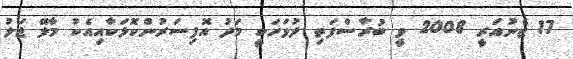
17 ޖެނުއަރީ 2008 ވީ ބުރާސްފަތި ދުވަހަކީ މަދު އޮފިސަރުންކޮޅަކާއިއެކު މާލޭ ޖަލު